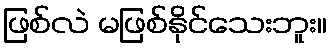
ဖြစ်လဲ မဖြစ်နိုင်သေးဘူး။